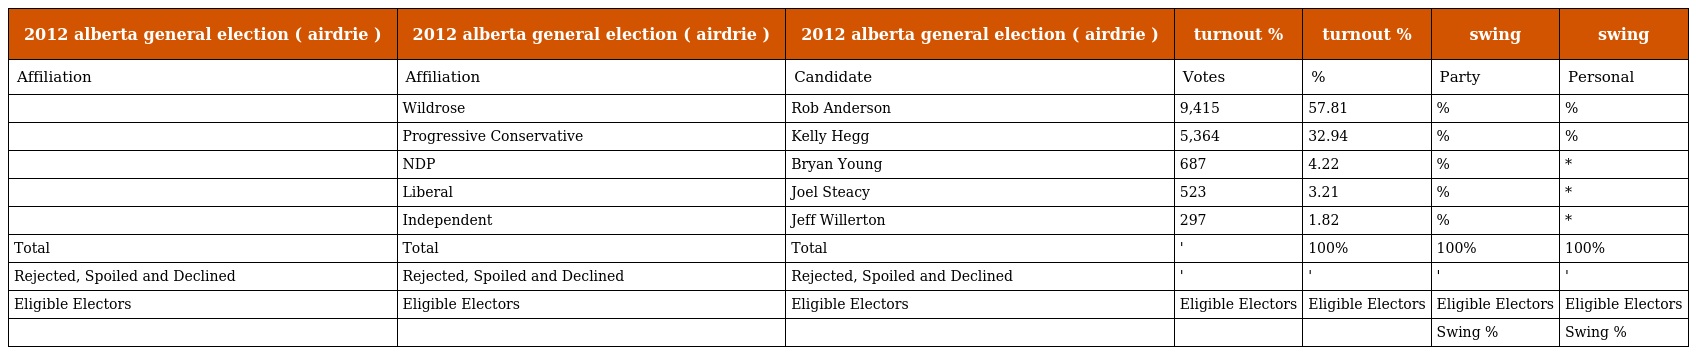
| 2012 alberta general election ( airdrie ) | 2012 alberta general election ( airdrie ) | 2012 alberta general election ( airdrie ) | turnout % | turnout % | swing | swing |
 | --- | --- | --- | --- | --- | --- | --- |
 | Affiliation | Affiliation | Candidate | Votes | % | Party | Personal |
 |  | Wildrose | Rob Anderson | 9,415 | 57.81 | % | % |
 |  | Progressive Conservative | Kelly Hegg | 5,364 | 32.94 | % | % |
 |  | NDP | Bryan Young | 687 | 4.22 | % | * |
 |  | Liberal | Joel Steacy | 523 | 3.21 | % | * |
 |  | Independent | Jeff Willerton | 297 | 1.82 | % | * |
 | Total | Total | Total | ' | 100% | 100% | 100% |
 | Rejected, Spoiled and Declined | Rejected, Spoiled and Declined | Rejected, Spoiled and Declined | ' | ' | ' | ' |
 | Eligible Electors | Eligible Electors | Eligible Electors | Eligible Electors | Eligible Electors | Eligible Electors | Eligible Electors |
 |  |  |  |  |  | Swing % | Swing % |